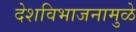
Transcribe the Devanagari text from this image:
देशविभाजनामुळे